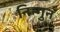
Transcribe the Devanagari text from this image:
निन्गुन